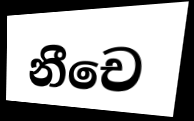
නීචෙ